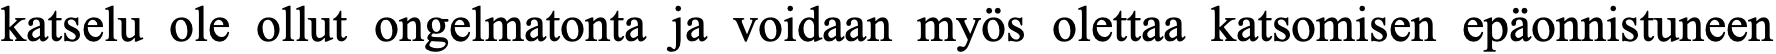
katselu ole ollut ongelmatonta ja voidaan myös olettaa katsomisen epäonnistuneen